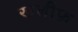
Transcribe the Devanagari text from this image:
खलीफ़